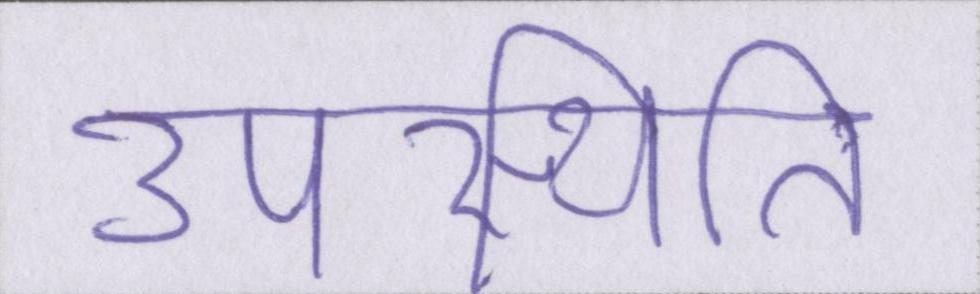
उपस्थिति